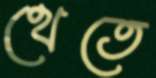
থেতে